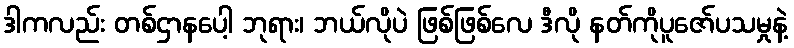
ဒါကလည်း တစ်ဌာနပေါ့ ဘုရား၊ ဘယ်လိုပဲ ဖြစ်ဖြစ်လေ ဒီလို နတ်ကိုပူဇော်ပသမှုနဲ့